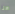
هنا